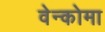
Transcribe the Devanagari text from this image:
वेन्कोमा